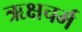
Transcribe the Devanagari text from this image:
ऋक्षचर्म